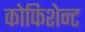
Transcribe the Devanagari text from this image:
कोफिशेन्ट